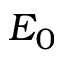
E _ { 0 }